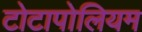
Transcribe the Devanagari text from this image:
टोटापोलियम